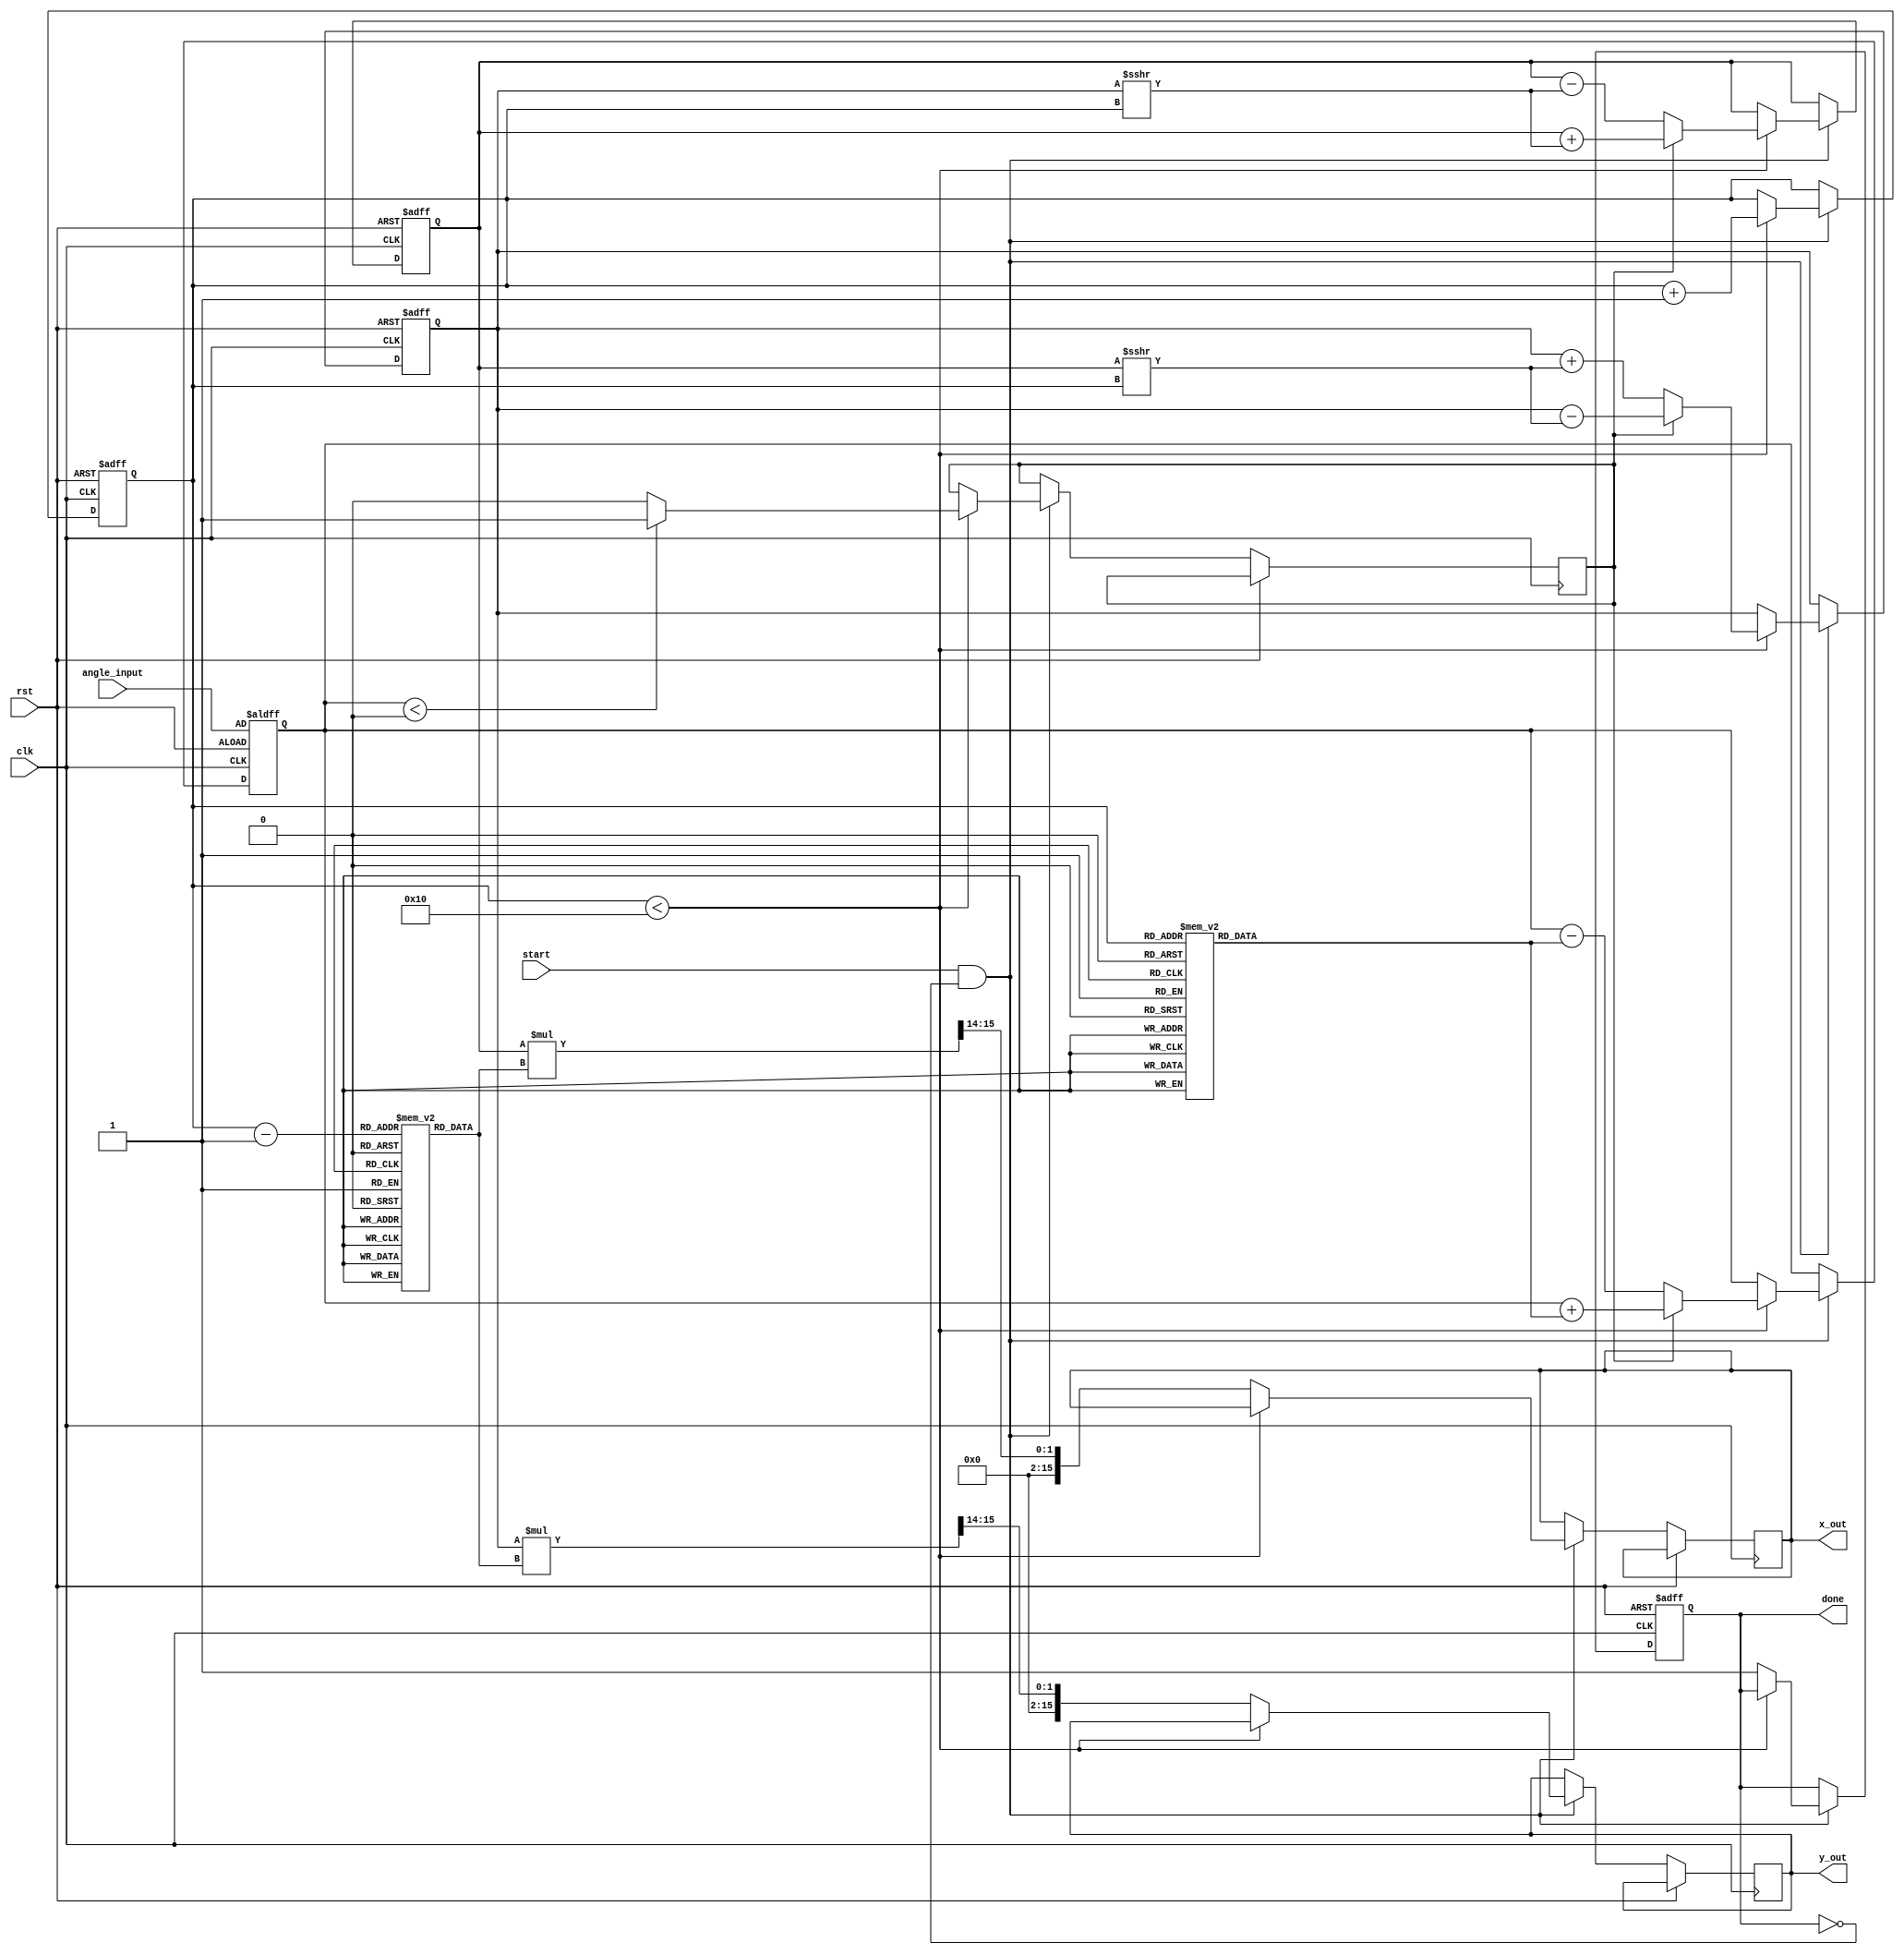
module cordic (
    input wire clk,
    input wire rst,
    input wire [15:0] angle_input,     // Input angle (in fixed-point format)
    input wire start,
    output reg [15:0] x_out,            // Output cosine
    output reg [15:0] y_out,            // Output sine
    output reg done
);
    
    // Parameters
    parameter NUM_ITER = 16;            // Number of iterations
    parameter LUT_SIZE = NUM_ITER;      // Size of LUTs
   
    // LUTs for angles and gain values
    reg [15:0] angle_lut[LUT_SIZE-1:0];
    reg [15:0] gain_lut[LUT_SIZE-1:0];

    // Internal registers
    reg [15:0] x;                        // X coordinate
    reg [15:0] y;                        // Y coordinate
    reg [15:0] angle;                    // Current angle
    reg [3:0] iter;                      // Iteration counter
    reg direction;                       // Rotation direction

    // Initialize LUTs
    initial begin
        // Fill LUTs with precomputed values
        angle_lut[0] = 16'h0000; // atan(2^0) = 0
        angle_lut[1] = 16'h2000; // atan(2^-1)  0.7854
        angle_lut[2] = 16'h1000; // atan(2^-2)  0.4636
        angle_lut[3] = 16'h0800; // atan(2^-3)  0.2449
        angle_lut[4] = 16'h0400; // atan(2^-4)  0.1244
        angle_lut[5] = 16'h0200; // atan(2^-5)  0.0624
        angle_lut[6] = 16'h0100; // atan(2^-6)  0.0312
        angle_lut[7] = 16'h0080; // atan(2^-7)  0.0156
        angle_lut[8] = 16'h0040; // atan(2^-8)  0.0078
        angle_lut[9] = 16'h0020; // atan(2^-9)  0.0039
        angle_lut[10] = 16'h0010; // atan(2^-10)  0.0019
        angle_lut[11] = 16'h0008; // atan(2^-11)  0.0009
        angle_lut[12] = 16'h0004; // atan(2^-12)  0.0005
        angle_lut[13] = 16'h0002; // atan(2^-13)  0.0002
        angle_lut[14] = 16'h0001; // atan(2^-14)  0.0001
        angle_lut[15] = 16'h0000; // atan(2^-15)  0.0000

        // Gain values (assuming they are precomputed)
        gain_lut[0] = 16'h1FFF; // Gain for the first iteration
        gain_lut[1] = 16'h1FFD; // Gain for the second iteration
        gain_lut[2] = 16'h1FFB; // ...
        gain_lut[3] = 16'h1FF9;
        gain_lut[4] = 16'h1FF7;
        gain_lut[5] = 16'h1FF5;
        gain_lut[6] = 16'h1FF3;
        gain_lut[7] = 16'h1FF1;
        gain_lut[8] = 16'h1FEF;
        gain_lut[9] = 16'h1FED;
        gain_lut[10] = 16'h1FEB;
        gain_lut[11] = 16'h1FE9;
        gain_lut[12] = 16'h1FE7;
        gain_lut[13] = 16'h1FE5;
        gain_lut[14] = 16'h1FE3;
        gain_lut[15] = 16'h1FE1;
    end

    // State machine for CORDIC processing
    always @(posedge clk or posedge rst) begin
        if (rst) begin
            x <= 16'h0001; // Initial x = 1
            y <= 16'h0000; // Initial y = 0
            angle <= angle_input; // Load the input angle
            iter <= 0; // Reset the iteration counter
            done <= 0; // Reset done flag
        end else if (start && !done) begin
            if (iter < NUM_ITER) begin
                // Determine direction
                if (angle < 0) begin
                    direction <= 1'b1; // counterclockwise
                end else begin
                    direction <= 1'b0; // clockwise
                end
                
                // Update coordinates based on CORDIC algorithm
                if (direction) begin
                    // Counterclockwise rotation
                    x <= x + (y >>> iter);
                    y <= y - (x >>> iter);
                    angle <= angle + angle_lut[iter];
                end else begin
                    // Clockwise rotation
                    x <= x - (y >>> iter);
                    y <= y + (x >>> iter);
                    angle <= angle - angle_lut[iter];
                end
                
                // Increment iteration counter
                iter <= iter + 1;
            end else begin
                // All iterations done, scale the output
                x_out <= (x * gain_lut[iter-1]) >>> 14; // Scale the final result
                y_out <= (y * gain_lut[iter-1]) >>> 14;
                done <= 1'b1; // Set the done flag
            end
        end
    end

endmodule